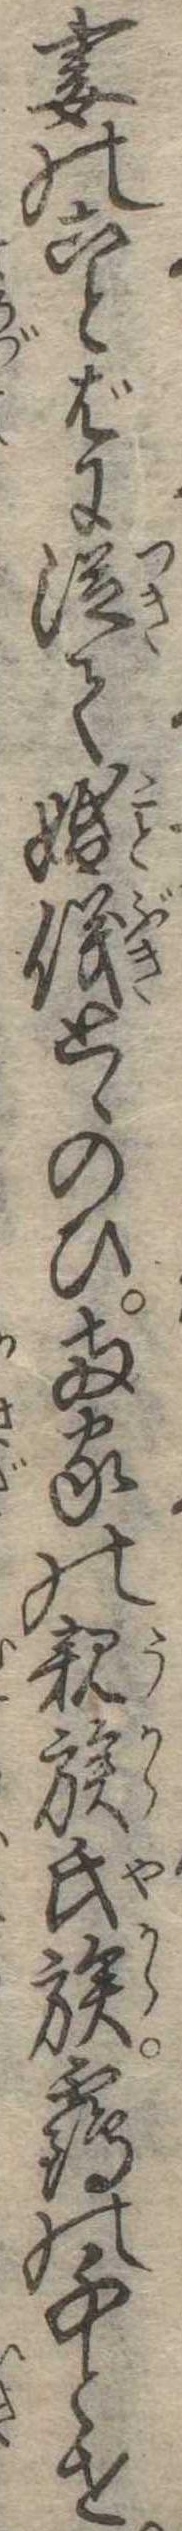
妻のことばに従て婚儀とゝのひ両家の親族氏族の千とせ